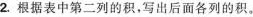
2.根据表中第二列的积，写出后面各列的积。